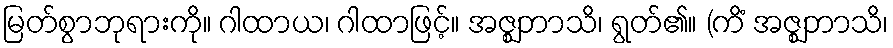
မြတ်စွာဘုရားကို။ ဂါထာယ၊ ဂါထာဖြင့်။ အဇ္ဈဘာသိ၊ ရွတ်၏။ (ကိံ အဇ္ဈဘာသိ၊